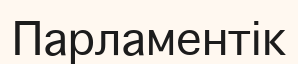
Парламентік